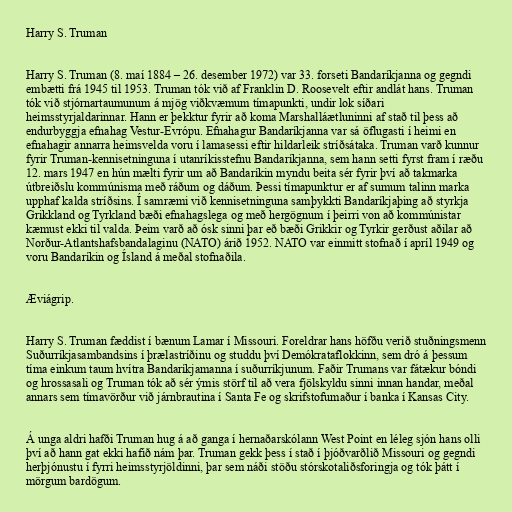
Harry S. Truman

Harry S. Truman (8. maí 1884 – 26. desember 1972) var 33. forseti Bandaríkjanna og gegndi
embætti frá 1945 til 1953. Truman tók við af Franklin D. Roosevelt eftir andlát hans. Truman
tók við stjórnartaumunum á mjög viðkvæmum tímapunkti, undir lok síðari
heimsstyrjaldarinnar. Hann er þekktur fyrir að koma Marshalláætluninni af stað til þess að
endurbyggja efnahag Vestur-Evrópu. Efnahagur Bandaríkjanna var sá öflugasti í heimi en
efnahagir annarra heimsvelda voru í lamasessi eftir hildarleik stríðsátaka. Truman varð kunnur
fyrir Truman-kennisetninguna í utanríkisstefnu Bandaríkjanna, sem hann setti fyrst fram í ræðu
12. mars 1947 en hún mælti fyrir um að Bandaríkin myndu beita sér fyrir því að takmarka
útbreiðslu kommúnisma með ráðum og dáðum. Þessi tímapunktur er af sumum talinn marka
upphaf kalda stríðsins. Í samræmi við kennisetninguna samþykkti Bandaríkjaþing að styrkja
Grikkland og Tyrkland bæði efnahagslega og með hergögnum í þeirri von að kommúnistar
kæmust ekki til valda. Þeim varð að ósk sinni þar eð bæði Grikkir og Tyrkir gerðust aðilar að
Norður-Atlantshafsbandalaginu (NATO) árið 1952. NATO var einmitt stofnað í apríl 1949 og
voru Bandaríkin og Ísland á meðal stofnaðila.

Æviágrip.

Harry S. Truman fæddist í bænum Lamar í Missouri. Foreldrar hans höfðu verið stuðningsmenn
Suðurríkjasambandsins í þrælastríðinu og studdu því Demókrataflokkinn, sem dró á þessum
tíma einkum taum hvítra Bandaríkjamanna í suðurríkjunum. Faðir Trumans var fátækur bóndi
og hrossasali og Truman tók að sér ýmis störf til að vera fjölskyldu sinni innan handar, meðal
annars sem tímavörður við járnbrautina í Santa Fe og skrifstofumaður í banka í Kansas City.

Á unga aldri hafði Truman hug á að ganga í hernaðarskólann West Point en léleg sjón hans olli
því að hann gat ekki hafið nám þar. Truman gekk þess í stað í þjóðvarðlið Missouri og gegndi
herþjónustu í fyrri heimsstyrjöldinni, þar sem náði stöðu stórskotaliðsforingja og tók þátt í
mörgum bardögum.